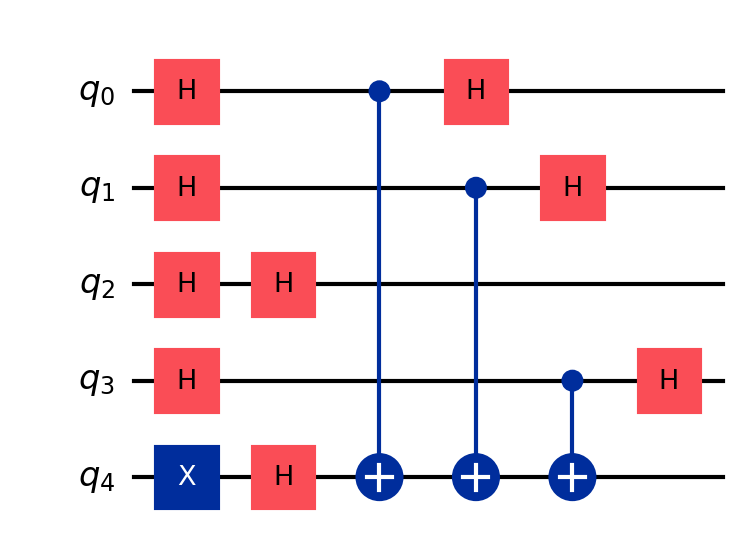
Description: Bernstein-Vazirani algorithm (s=1011)
描述: Bernstein-Vazirani算法（s=1011）
Category: advanced_algorithms (difficulty: advanced)
Qubits: 5, circuit depth: 6

Braket implementation:
from braket.circuits import Circuit
circuit = Circuit()
circuit.x(4).h(4)
for i in range(4):
    circuit.h(i)
circuit.cnot(0, 4).cnot(1, 4).cnot(3, 4)
for i in range(4):
    circuit.h(i)

Qiskit implementation:
from qiskit import QuantumCircuit
circuit = QuantumCircuit(5)
circuit.x(4).h(4)
for i in range(4):
    circuit.h(i)
circuit.cx(0, 4).cx(1, 4).cx(3, 4)
for i in range(4):
    circuit.h(i)